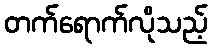
တက်ရောက်လိုသည့်